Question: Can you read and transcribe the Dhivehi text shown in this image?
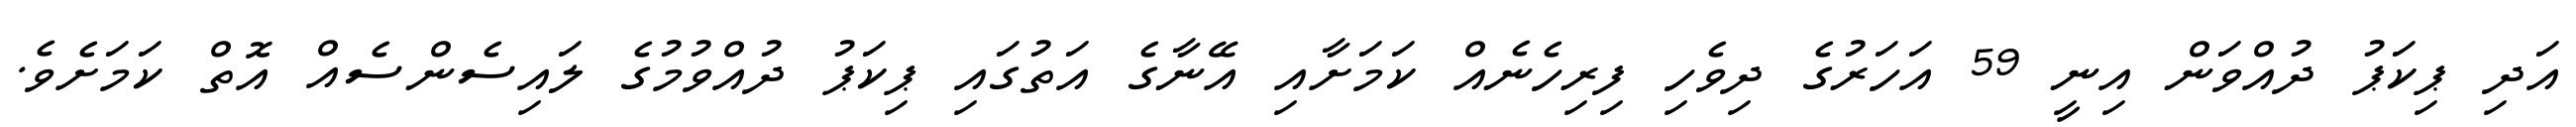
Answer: އަދި ޕިކަޕު ދުއްވަން އިނީ 59 އަހަރުގެ ދިވެހި ފިރިހެނެއް ކަމަށާއި އޭނާގެ އަތުގައި ޕިކަޕު ދުއްވުމުގެ ލައިސެންސެއް އޮތް ކަމަށެވެ.